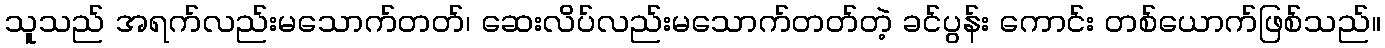
သူသည် အရက်လည်းမသောက်တတ်၊ ဆေးလိပ်လည်းမသောက်တတ်တဲ့ ခင်ပွန်း ကောင်း တစ်ယောက်ဖြစ်သည်။